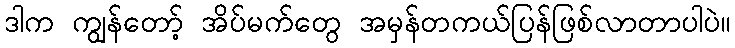
ဒါက ကျွန်တော့် အိပ်မက်တွေ အမှန်တကယ်ပြန်ဖြစ်လာတာပါပဲ။